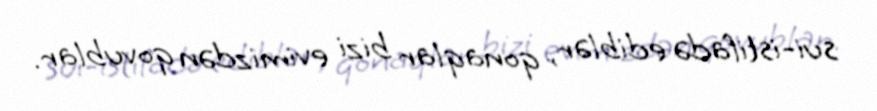
sui-istifadə ediblər, qonaqlar bizi evimizdən qovublar.